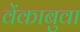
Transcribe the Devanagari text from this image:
वेंकाबुवा